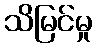
သိမြင်မှု